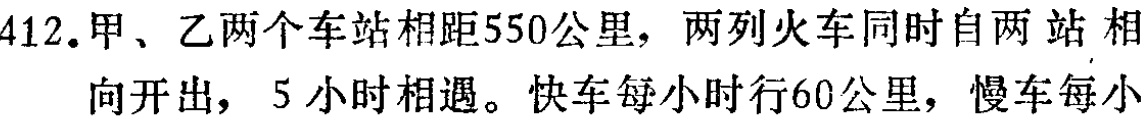
412.甲、乙两个车站相距550公里，两列火车同时自两 站 相

向开出，5 小时相遇。快车每小时行60公里，慢车每小